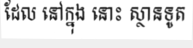
ដែល នៅក្នុង នោះ ស្ថានទូត